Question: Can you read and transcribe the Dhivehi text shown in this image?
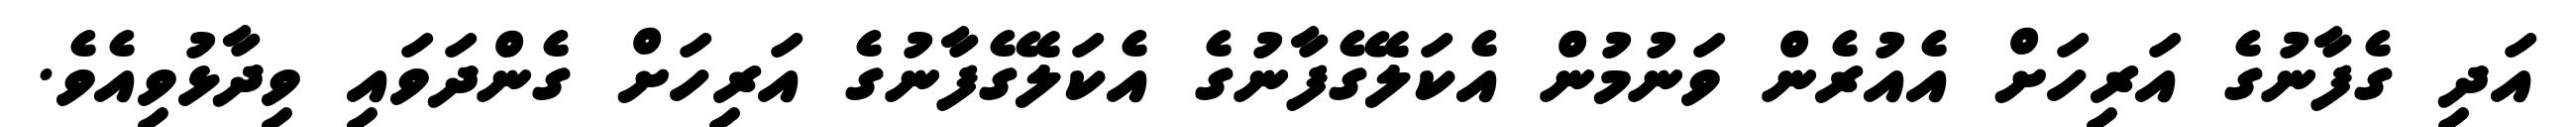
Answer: އަދި ގެފާނުގެ އަރިހަށް އެއުރެން ވަނުމުން އެކަލޭގެފާނުގެ އެކަލޭގެފާނުގެ އަރިހަށް ގެންދަވައި ވިދާޅުވިއެވެ.